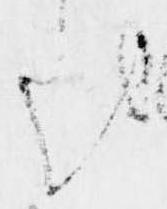
を